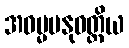
အဓမ္မမနုဝတ္တိယ